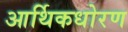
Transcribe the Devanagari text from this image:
आर्थिकधोरण